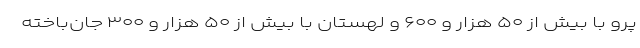
پرو با بیش از ۵۰ هزار و ۶۰۰ و لهستان با بیش از ۵۰ هزار و ۳۰۰ جان‌باخته